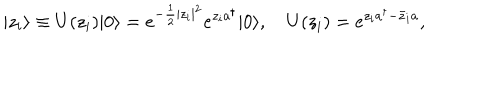
LaTeX: | z _ { i } \rangle \equiv U ( z _ { i } ) | 0 \rangle = e ^ { - \frac 1 2 | z _ { i } | ^ { 2 } } e ^ { z _ { i } a ^ { \dagger } } | 0 \rangle , \quad U ( z _ { i } ) = e ^ { z _ { i } a ^ { \dagger } - \bar { z } _ { i } a } ,